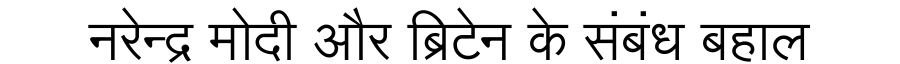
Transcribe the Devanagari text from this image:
नरेन्द्र मोदी और ब्रिटेन के संबंध बहाल